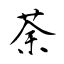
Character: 荼